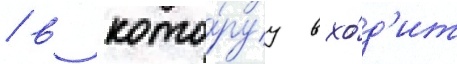
/ в кото́руу вхо́д'ит